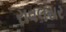
રાવલસર